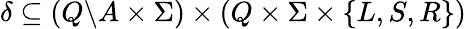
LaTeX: \delta\subseteq\left(Q\backslash A\times\Sigma\right)\times\left(Q\times\Sigma\times\{ L,S,R\} \right)